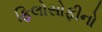
ફિલોસોફીનો